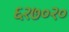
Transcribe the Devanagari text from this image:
६२७०२०